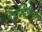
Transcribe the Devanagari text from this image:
पाठ्यवृत्तीवर